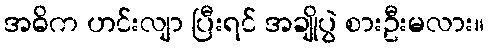
အဓိက ဟင်းလျာ ပြီးရင် အချိုပွဲ စားဦးမလား။